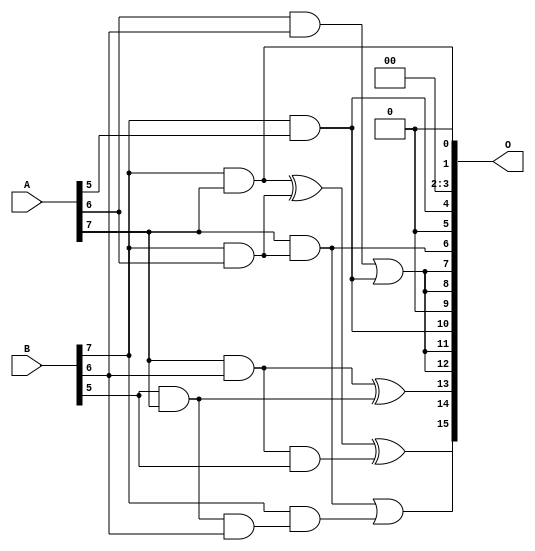
// This program was cloned from: https://github.com/ehw-fit/evoapproxlib
// License: MIT License

/***
* This code is a part of EvoApproxLib library (ehw.fit.vutbr.cz/approxlib) distributed under The MIT License.
* When used, please cite the following article(s): V. Mrazek, R. Hrbacek, Z. Vasicek and L. Sekanina, "EvoApprox8b: Library of approximate adders and multipliers for circuit design and benchmarking of approximation methods". Design, Automation & Test in Europe Conference & Exhibition (DATE), 2017, Lausanne, 2017, pp. 258-261. doi: 10.23919/DATE.2017.7926993 
* This file contains a circuit from a sub-set of pareto optimal circuits with respect to the pwr and mae parameters
***/
// MAE% = 4.83 %
// MAE = 3168 
// WCE% = 19.46 %
// WCE = 12754 
// WCRE% = 100.00 %
// EP% = 99.20 %
// MRE% = 44.00 %
// MSE = 15608.397e3 
// PDK45_PWR = 0.0085 mW
// PDK45_AREA = 41.3 um2
// PDK45_DELAY = 0.20 ns

module mul8u_13QR (
    A,
    B,
    O
);

input [7:0] A;
input [7:0] B;
output [15:0] O;

wire sig_180,sig_256,sig_257,sig_259,sig_266,sig_268,sig_283,sig_307,sig_311,sig_329,sig_330,sig_331,sig_332,sig_333,sig_334,sig_335;

assign sig_180 = B[7] & A[5];
assign sig_256 = A[6] & B[6];
assign sig_257 = B[7] & A[6];
assign sig_259 = sig_256 | sig_180;
assign sig_266 = B[5] & A[7];
assign sig_268 = B[7] & A[7];
assign sig_283 = A[7] & B[5];
assign sig_307 = A[7] & B[6];
assign sig_311 = sig_266 & B[6];
assign sig_329 = sig_307 ^ sig_283;
assign sig_330 = sig_307 & B[5];
assign sig_331 = sig_268 ^ sig_257;
assign sig_332 = A[7] & sig_257;
assign sig_333 = B[7] & sig_311;
assign sig_334 = sig_331 ^ sig_330;
assign sig_335 = sig_332 | sig_333;

assign O[15] = sig_335;
assign O[14] = sig_334;
assign O[13] = sig_329;
assign O[12] = sig_259;
assign O[11] = sig_259;
assign O[10] = sig_180;
assign O[9] = 1'b0;
assign O[8] = sig_259;
assign O[7] = sig_259;
assign O[6] = sig_332;
assign O[5] = 1'b0;
assign O[4] = sig_180;
assign O[3] = 1'b0;
assign O[2] = 1'b0;
assign O[1] = sig_268;
assign O[0] = 1'b0;

endmodule